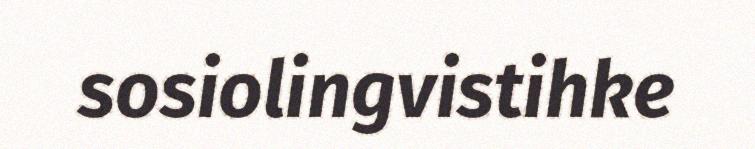
sosiolingvistihke